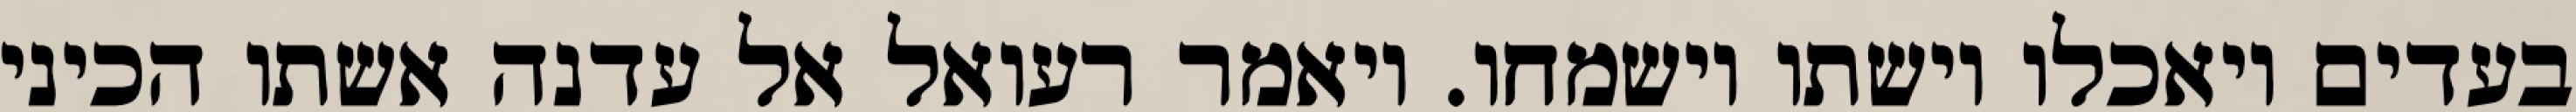
בעדים ויאכלו וישתו וישמחו. ויאמר רעואל אל עדנה אשתו הכיני